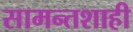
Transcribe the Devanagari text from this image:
सामन्‍तशाही